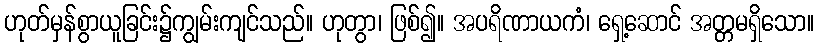
ဟုတ်မှန်စွာယူခြင်း၌ကျွမ်းကျင်သည်။ ဟုတွာ၊ ဖြစ်၍။ အပရိဏာယကံ၊ ရှေ့ဆောင် အတ္တမရှိသော။